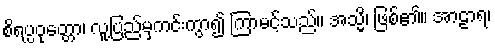
စိရပ္ပဝုတ္တော၊ လူ့ပြည်မှကင်းကွာ၍ ကြာမင့်သည်။ အသ္မိ၊ ဖြစ်၏။ အာဠာရ၊